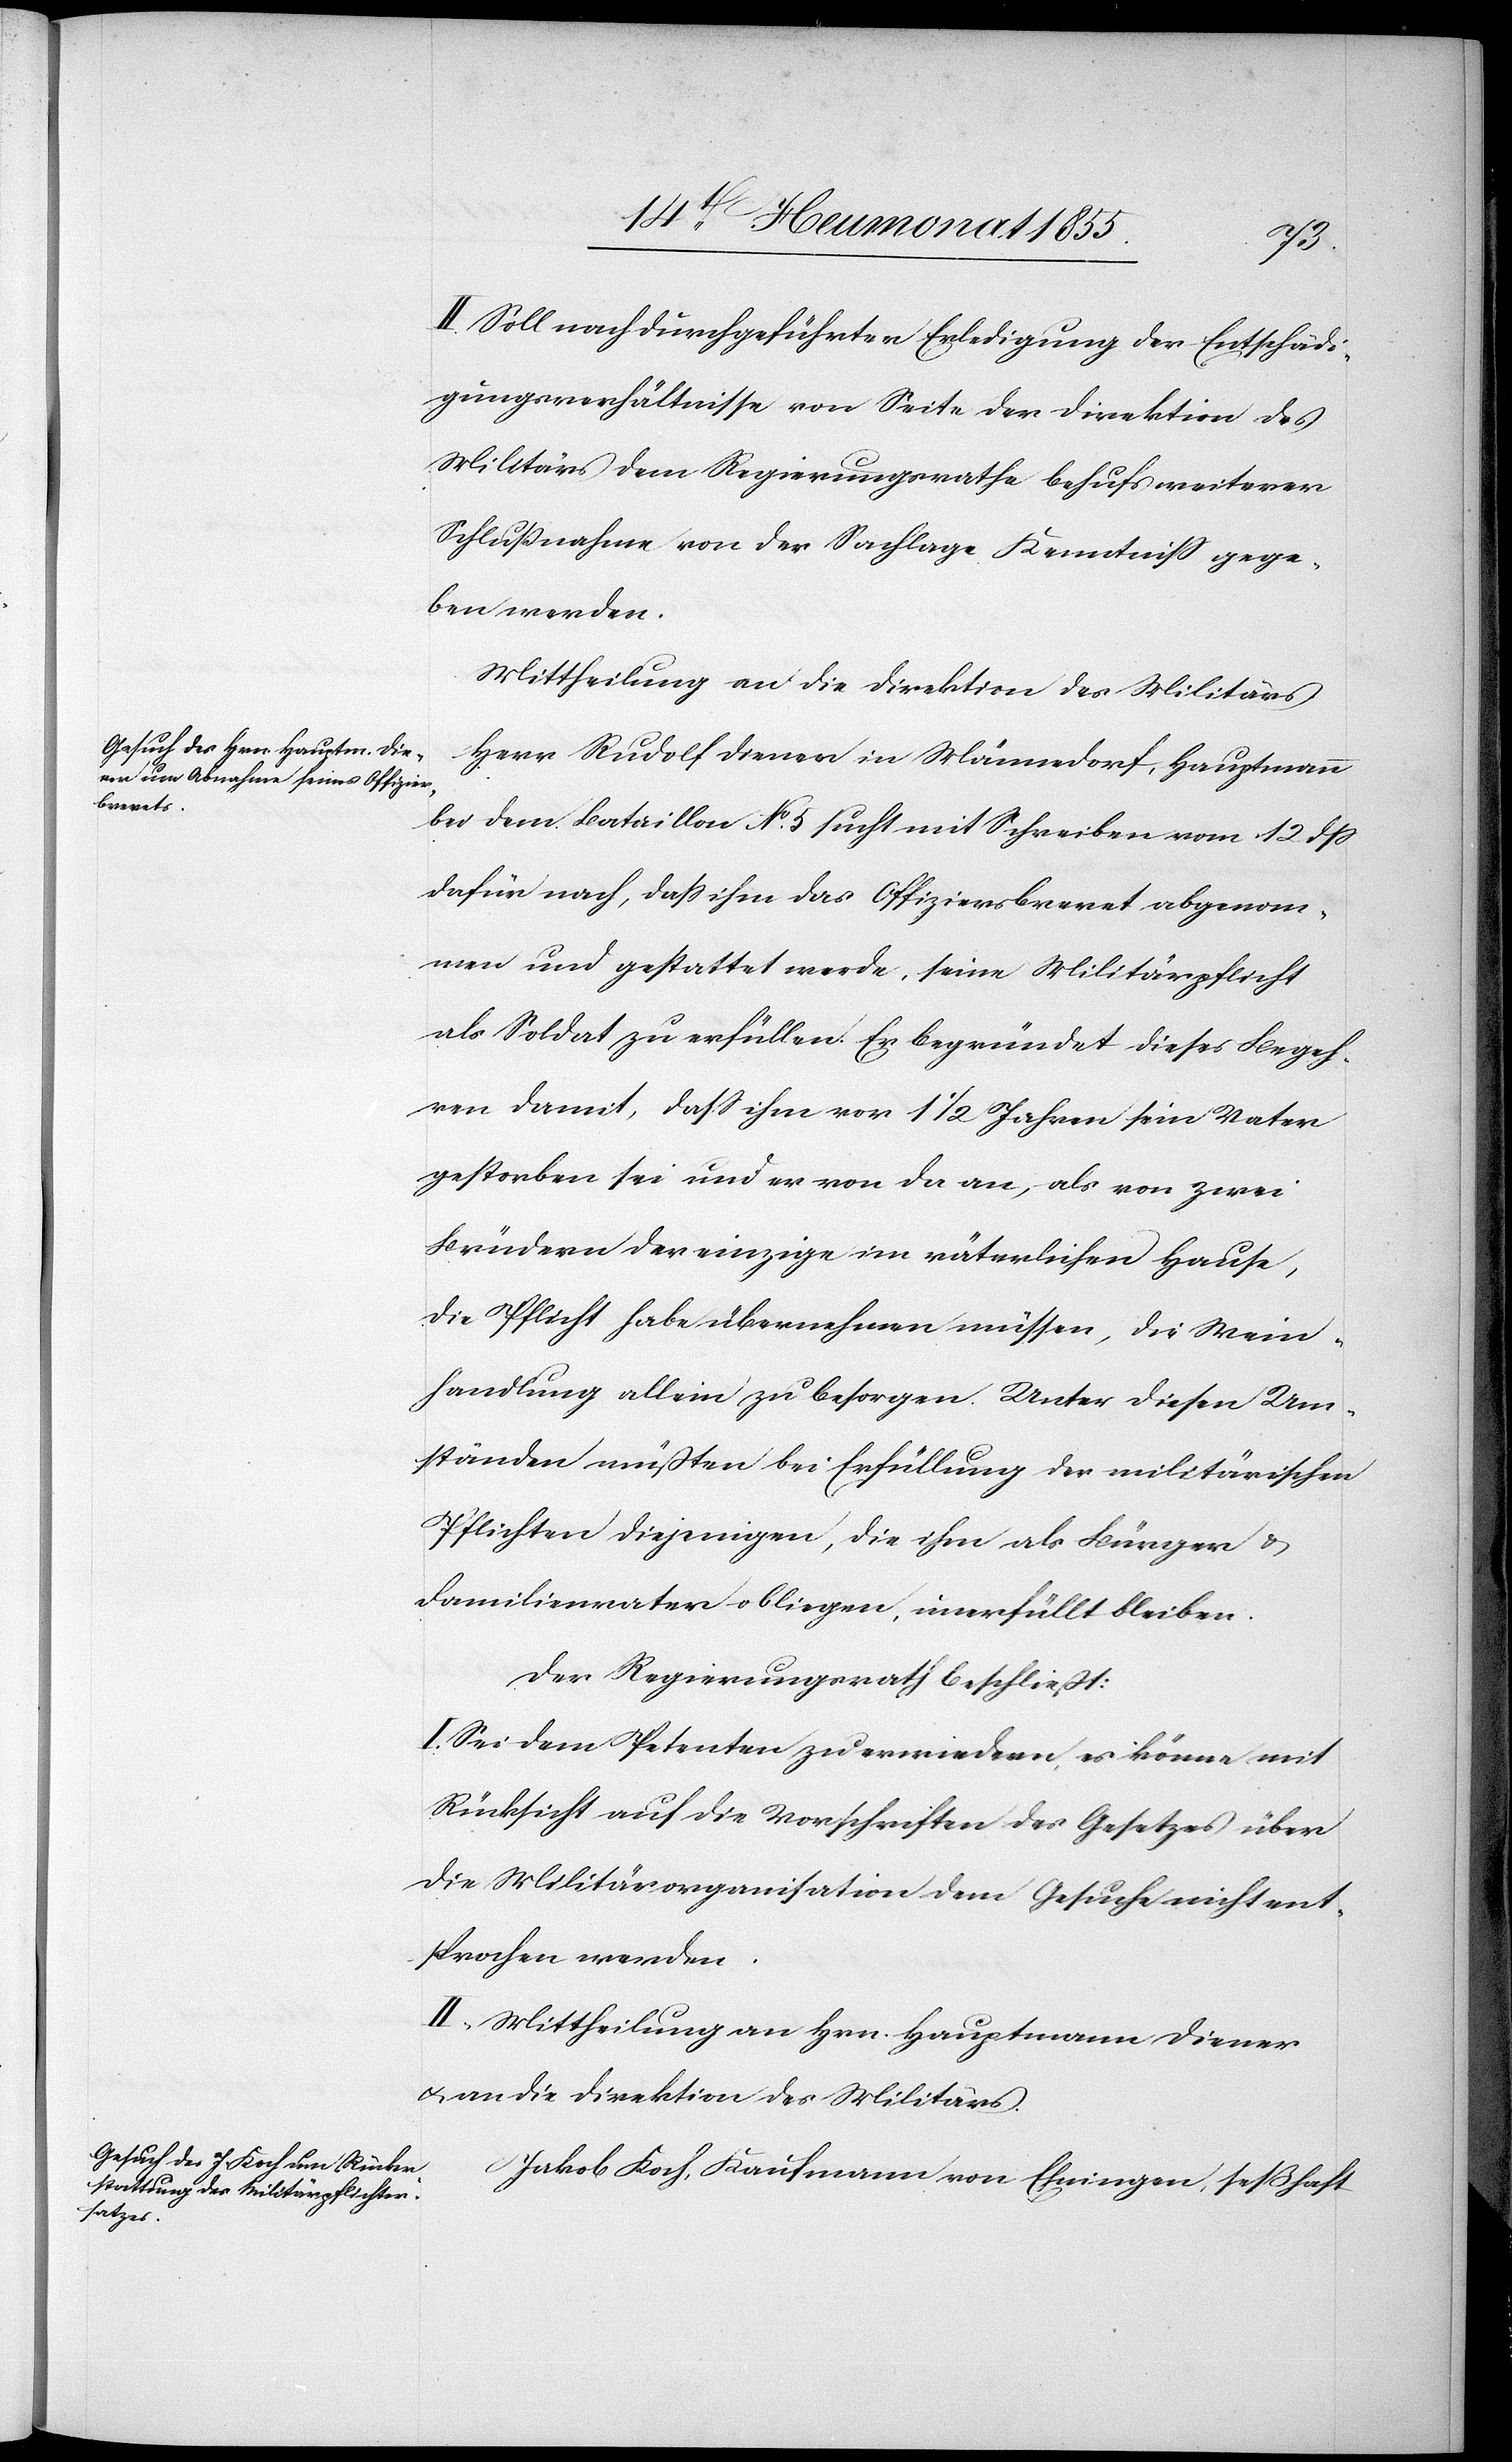
II. Soll nach durchgeführter Erledigung der Entschädi¬
gungsverhältnisse von Seite der Direktion des
Militärs dem Regierungsrathe behufs weiterer
Schlußnahme von der Sachlage Kenntniss gege¬
ben werden.
Mittheilung an die Direktion des Militärs.
Herr Rudolf Diener in Männedorf, Hauptmann
bei dem Bataillon No. 5 sucht mit Schreiben vom 12 dss
dafür nach, dass ihm das Offiziersbrevet abgenom¬
men und gestattet werde, seine Militärpflicht
als Soldat zu erfüllen. Er begründet dieses Begeh¬
ren damit, dass ihm vor 1 1/2 Jahren sein Vater
gestorben sei und er von da an, als von zwei
Brüdern der einzige im väterlichen Hause,
die Pflicht habe übernehmen müssen, die Wein¬
handlung allein zu besorgen. Unter diesen Um¬
ständen müßten bei Erfüllung der militärischen
Pflichten diejenigen, die ihm als Bürger &
Familienvater obliegen, unerfüllt bleiben.
Der Regierungsrath beschließt:
I. Sei dem Petenten zu erwiedern, es könne mit
Rücksicht auf die Vorschriften des Gesetzes über
die Militärorganisation dem Gesuche nicht ent¬
sprochen werden.
II. Mittheilung an Hrn. Hauptmann Diener
& an die Direktion des Militärs.
Jakob Koch, Kaufmann von Ehningen, seßhaft